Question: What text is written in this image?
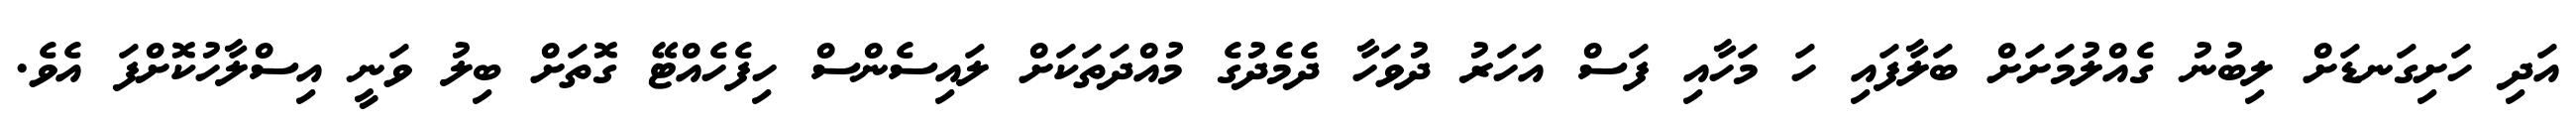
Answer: އަދި ހަށިގަނޑަށް ލިބުނު ގެއްލުމަށަށް ބަލާފައި ހަ މަހާއި ފަސް އަހަރު ދުވަހާ ދެމެދުގެ މުއްދަތަކަށް ލައިސެންސް ހިފެހެއްޓޭ ގޮތަށް ބިލު ވަނީ އިސްލާހުކޮށްފަ އެވެ.